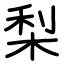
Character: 梨